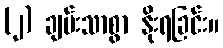
(၂) ချမ်းသာစွာ နိုးရခြင်း။